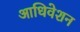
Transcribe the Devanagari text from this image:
आधिवेशन